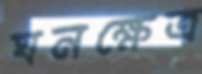
ঘনক্ষেত্র